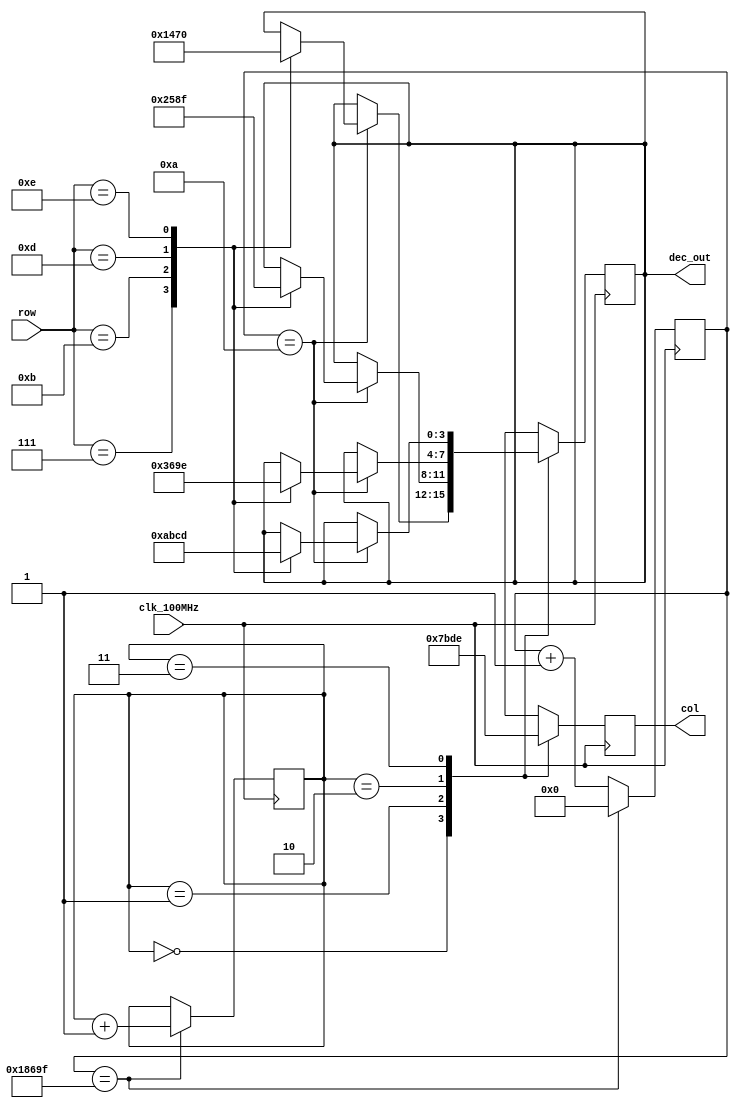
// This program was cloned from: https://github.com/FPGADude/Digital-Design
// License: GNU General Public License v3.0

`timescale 1ns / 1ps

module decoder(
    input clk_100MHz,
    input [3:0] row,                      // 4 buttons per row
    output reg [3:0] col,                 // 4 columns on keypad
    output reg [3:0] dec_out              // binary value of button press
    );

    parameter LAG = 10;                   // 100MHz / 10 = 10M -> 1/10M = 100ns

	reg [19:0] scan_timer = 0;            // to count up to 99,999
	reg [1:0] col_select = 0;             // 2 bit counter to select 4 columns
	
	// scan timer/column select control
	always @(posedge clk_100MHz)          // 1ms = 1/1000s
		if(scan_timer == 99_999) begin    // 100MHz / 100,000 = 1000
			scan_timer <= 0;
			col_select <= col_select + 1;
		end
		else
			scan_timer <= scan_timer + 1;

    // set columns, check rows
	always @(posedge clk_100MHz)
		case(col_select)
			2'b00 :	begin
					   col = 4'b0111;
					   if(scan_timer == LAG)
						  case(row)
						      4'b0111 :	dec_out = 4'b0001;	// 1
						      4'b1011 :	dec_out = 4'b0100;	// 4
						      4'b1101 :	dec_out = 4'b0111;	// 7
						      4'b1110 :	dec_out = 4'b0000;	// 0
						  endcase
					end
			2'b01 :	begin
					   col = 4'b1011;
					   if(scan_timer == LAG)
						  case(row)    		
						      4'b0111 :	dec_out = 4'b0010;	// 2	
						      4'b1011 :	dec_out = 4'b0101;	// 5	
						      4'b1101 :	dec_out = 4'b1000;	// 8	
					          4'b1110 : dec_out = 4'b1111;	// F
			              endcase
			        end 
			2'b10 :	begin       
					   col = 4'b1101;
					   if(scan_timer == LAG)
						  case(row)    		       
						      4'b0111 :	dec_out = 4'b0011;	// 3 		
						      4'b1011 :	dec_out = 4'b0110;	// 6 		
						      4'b1101 :	dec_out = 4'b1001;	// 9 		
						      4'b1110 : dec_out = 4'b1110;	// E	    
						  endcase      
					end
			2'b11 :	begin
					   col = 4'b1110;
					   if(scan_timer == LAG)
						  case(row)    
						      4'b0111 :	dec_out = 4'b1010;	// A
						      4'b1011 :	dec_out = 4'b1011;	// B
						      4'b1101 :	dec_out = 4'b1100;	// C
						      4'b1110 :	dec_out = 4'b1101;	// D
						  endcase      
					end
		endcase

endmodule